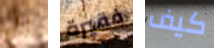
إلى فقيرة كيف